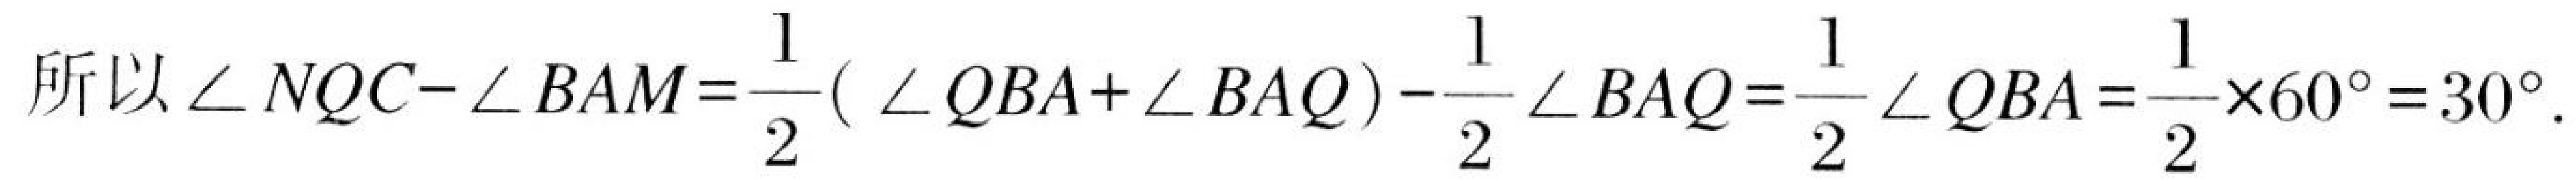
所以\(\angle NQC - \angle BAM=\frac{1}{2}( \angle QBA+\angle BAQ)-\frac{1}{2}\angle BAQ=\frac{1}{2}\angle QBA=\frac{1}{2}\times60^{\circ}=30^{\circ}\).